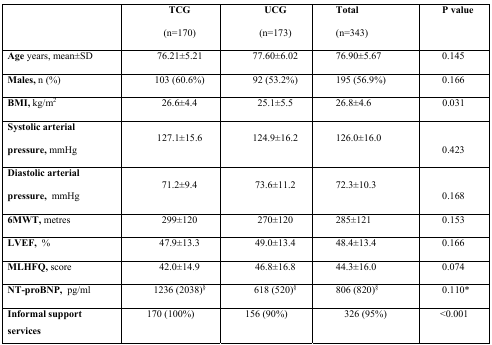
|  | TCG(n=170) | UCG(n=173) | Total(n=343) | P value |
 | --- | --- | --- | --- | --- |
 | Age years, mean±SD | 76.21±5.21 | 77.60±6.02 | 76.90±5.67 | 0.145 |
 | Males, n (%) | 103 (60.6%) | 92 (53.2%) | 195 (56.9%) | 0.166 |
 | BMI, kg/m2 | 26.6±4.4 | 25.1±5.5 | 26.8±4.6 | 0.031 |
 | Systolic arterial pressure, mmHg | 127.1±15.6 | 124.9±16.2 | 126.0±16.0 | 0.423 |
 | Diastolic arterial pressure, mmHg | 71.2±9.4 | 73.6±11.2 | 72.3±10.3 | 0.168 |
 | 6MWT, metres | 299±120 | 270±120 | 285±121 | 0.153 |
 | LVEF, % | 47.9±13.3 | 49.0±13.4 | 48.4±13.4 | 0.166 |
 | MLHFQ, score | 42.0±14.9 | 46.8±16.8 | 44.3±16.0 | 0.074 |
 | NT-proBNP, pg/ml | 1236 (2038)§ | 618 (520)§ | 806 (820)§ | 0.110* |
 | Informal support services | 170 (100%) | 156 (90%) | 326 (95%) | <0.001 |